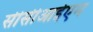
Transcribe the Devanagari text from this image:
सीसीआईएम